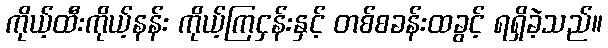
ကိုယ့်ထီးကိုယ့်နန်း ကိုယ့်ကြငှန်းနှင့် တစ်စခန်းထခွင့် ရရှိခဲ့သည်။